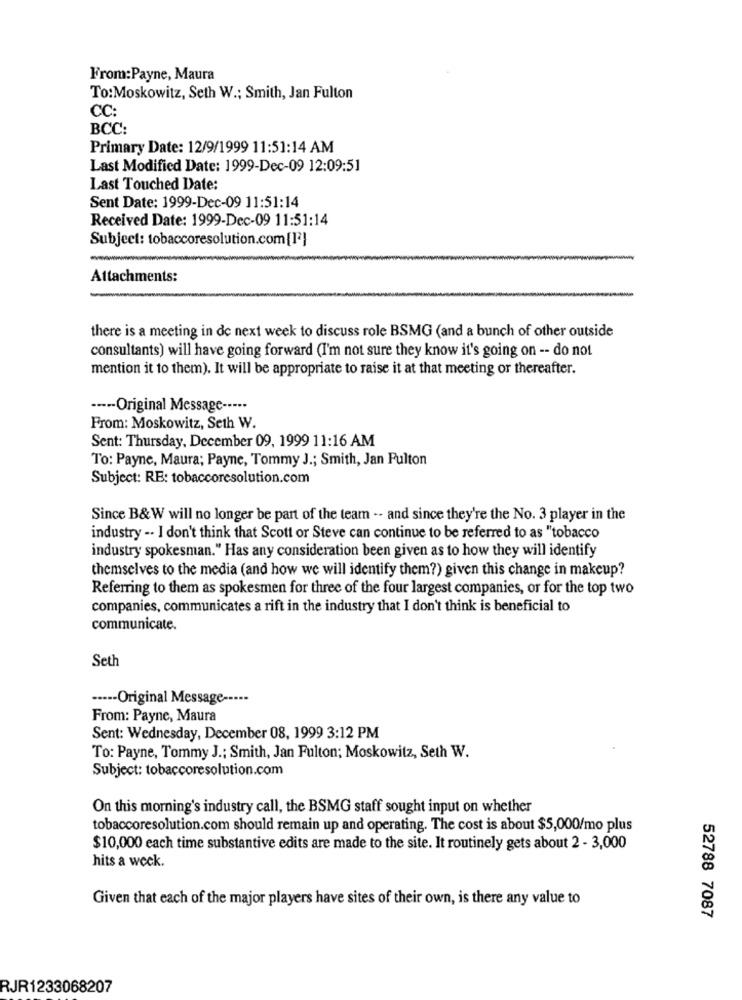
From:Payne, Maura
To:Moskowitz, Seth W .; Smith, Jan Fulton
CC:
BCC:
Primary Date: 12/9/1999 11:51:14 AM
Last Modified Date: 1999-Dec-09 12:09:51
Last Touched Date:
Sent Date: 1999-Dec-09 11:51:14
Received Date: 1999-Dec-09 11:51:14
Subject: tobaccoresolution.com[12]
Attachments:
there is a meeting in de next week to discuss role BSMG (and a bunch of other outside
consultants) will have going forward (I'm not sure they know it's going on -- do not
mention it to them). It will be appropriate to raise it at that meeting or thereafter.
----- Original Message -----
From: Moskowitz, Seth W.
Sent: Thursday, December 09, 1999 11:16 AM
To: Payne, Maura; Payne, Tommy J .; Smith, Jan Fulton
Subject: RE: tobaccoresolution.com
Since B& W will no longer be part of the team -- and since they're the No. 3 player in the
industry -. I don't think that Scott or Steve can continue to be referred to as "tobacco
industry spokesman." Has any consideration been given as to how they will identify
themselves to the media (and how we will identify them?) given this change in makeup?
Referring to them as spokesmen for three of the four largest companies, or for the top two
companies, communicates a rift in the industry that I don't think is beneficial to
communicate.
Seth
···-- Original Message-
From: Payne, Maura
Sent: Wednesday, December 08, 1999 3:12 PM
To: Payne, Tommy J .: Smith, Jan Fulton; Moskowitz, Seth W.
Subject: tobaccoresolution.com
On this morning's industry call, the BSMG staff sought input on whether
tobaccoresolution.com should remain up and operating. The cost is about $5,000/mo plus
$10,000 each time substantive edits are made to the site. It routinely gets about 2 - 3,000
hits a week.
Given that each of the major players have sites of their own, is there any value to
52788 7087
RJR1233068207